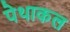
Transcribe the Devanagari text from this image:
पेथाकल